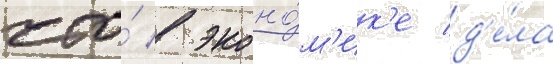
что́ в эконо́м'ик'е д'е́ла